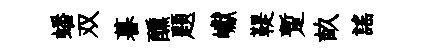
蟠双暮醺题巘鞮蹔畝謡